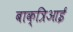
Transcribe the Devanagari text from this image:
बाक्त्रिआई